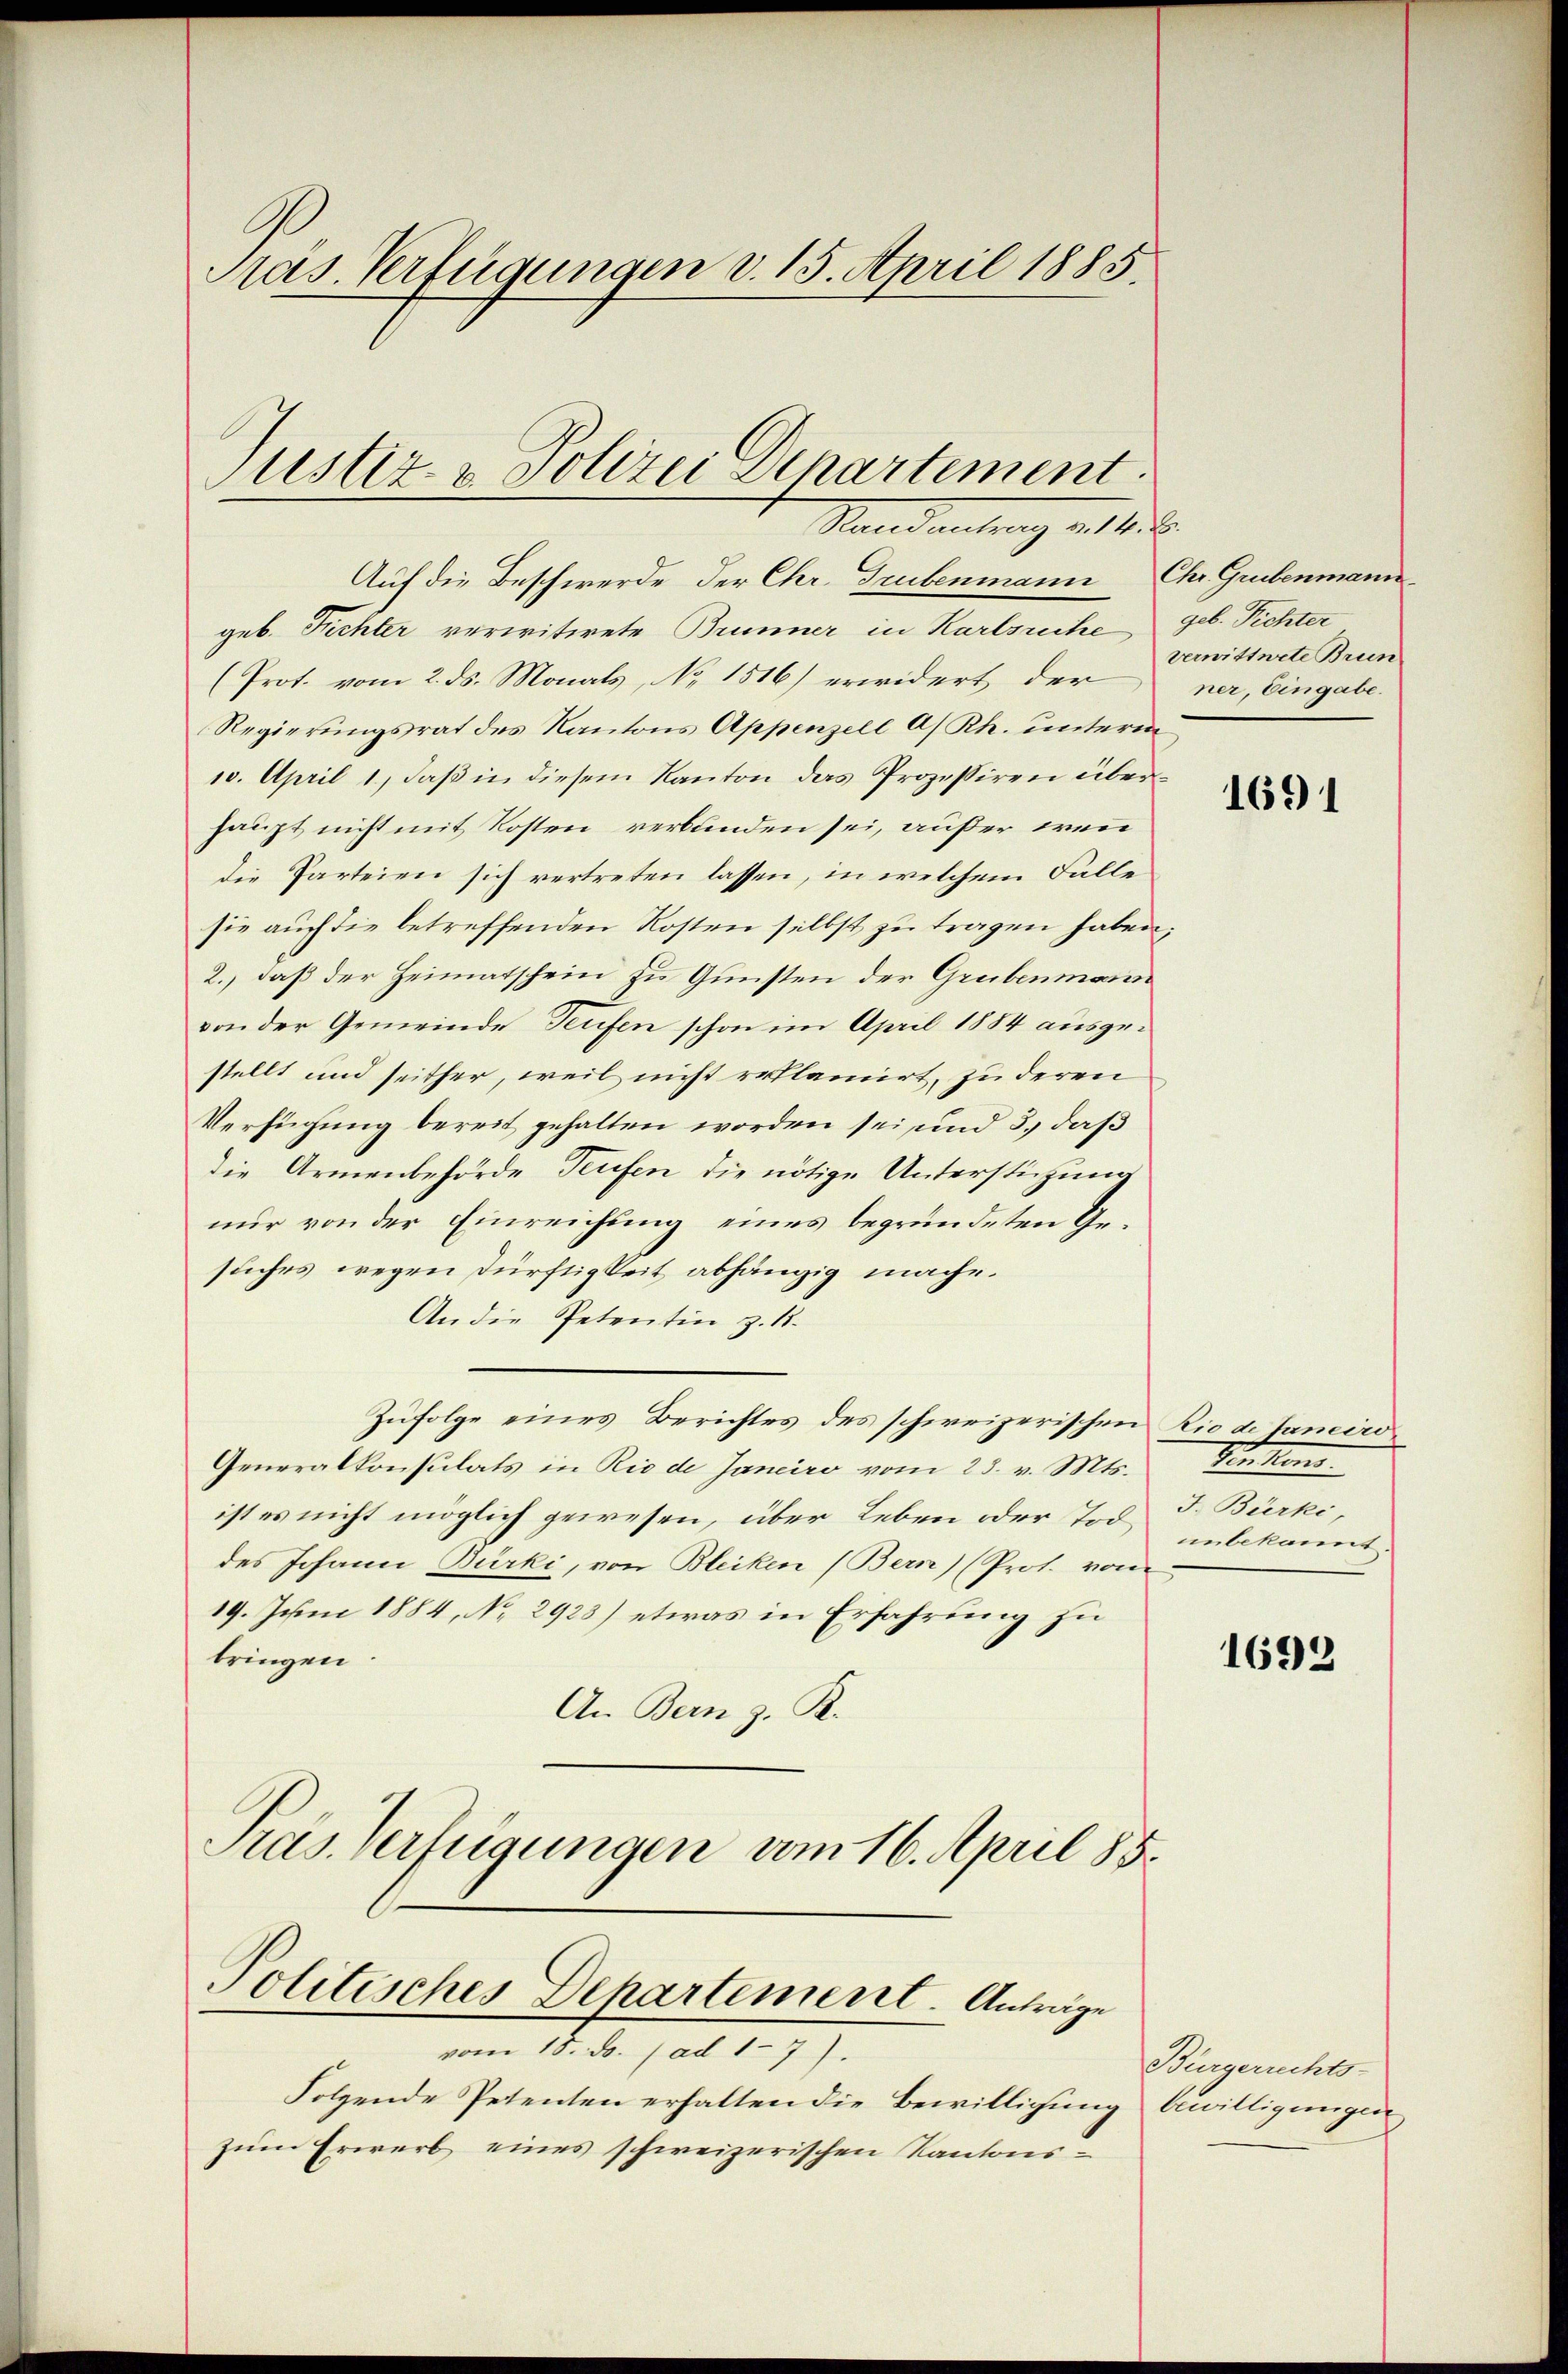
Präs. Verfügungen d. 15. April 1885.

Justiz- & Polizei Departement.
Mandantung v. 1858.
Auf die Beschwerde der Chr. Trubenmann Chr. Grubenmann

Politisches Dehartement. Anträge

geb. Trichter verwitwete Brunner in Karlsruhe geb. Fichter
(Prot. vom 2. ds. Monals, No 1516) erwidert der
Regierungsrat des Kantons Appenzell A/ Rh. unterm
10. April 1., daß in diesem Kanton das Prozessiren überhaupt nicht mit Kosten verbunden sei, außer wenn
die Parteien sich vertreten lassen, in welchem Falle
sie auch die betreffenden Kosten selbst zu tragen haben;
2., daß der Heimatschein zu Gunsten der Grubenmann
von der Gemeinde Teufen schon im April 1884 ausgestellt und seither, weil nicht erklamirt, zu deren
Verfügung bereit gehalten worden sei, und 3., daß
die Armenbehörde Teufen die nötige Unterstützung
nur von der Einreichung eines begründeten Gesuches wegen dürftigkeit abhängig mache.
An die Petentin z. 18.
Zufolge eines Berichtes des schweizerischen Rio de Taneiro
Generalkonsulats in Rio de Janeiro vom 23. v. Mts.
ist es nicht möglich gewesen, über Leben der Tod. J. Bürki,
des Johann Bürki, von Bleiken (Bern) (Prot. von
19. Juni 1884, No 2923) etwas in Erfahrung zu
bringen.
An Bern z. R.
Pras. Verfügungen vom 16. April 85.

vom 18. ds. ad 17).
Folgende Petenten erhalten die Bewilligung bewilligungen
zum Erwerb eines schweizerischen Kantons¬

verwittwete Brun
ner, Eingabe.

1691

Verken.
unbekannt.

1692

Bürgerrechts-